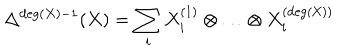
\Delta ^ { \mathrm { d e g } ( X ) - 1 } ( X ) = \sum _ { i } X _ { i } ^ { ( 1 ) } \otimes \ldots \otimes X _ { i } ^ { ( \mathrm { d e g ( X ) } ) }